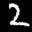
Label: 2